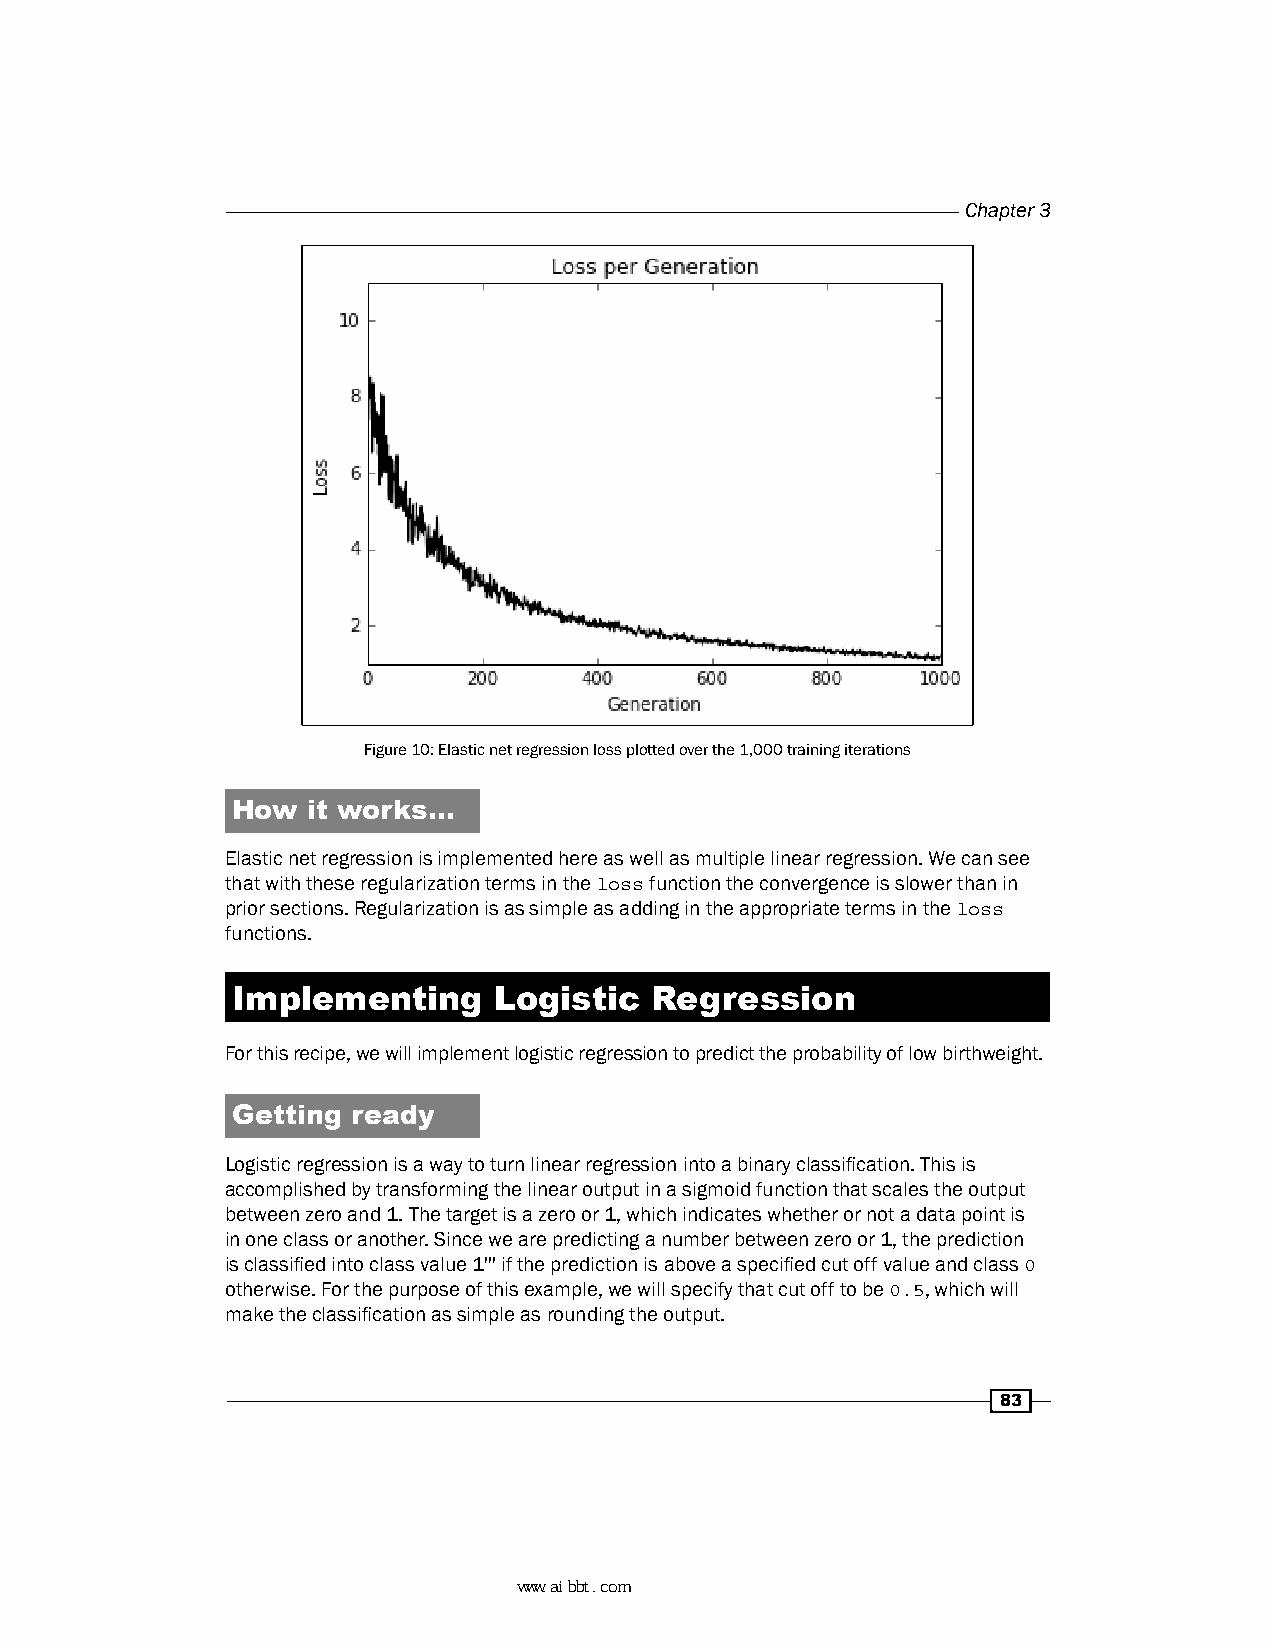
Chapter 3
 Figure 10: Elastic net regression loss plotted over the 1,000 training iterations
 How  it works…
 Elastic net regression is implemented here as well as multiple linear regression. We can see
 that with these regularization terms in the loss function the convergence is slower than in
 prior sections. Regularization is as simple as adding in the appropriate terms in the loss
 functions.
 Implementing      Logistic  Regression
 For this recipe, we will implement logistic regression to predict the probability of low birthweight.
 Getting ready
 Logistic regression is a way to turn linear regression into a binary classification. This is
 accomplished by transforming the linear output in a sigmoid function that scales the output
 between zero and 1. The target is a zero or 1, which indicates whether or not a data point is
 in one class or another. Since we are predicting a number between zero or 1, the prediction
 is classified into class value 1''' if the prediction is above a specified cut off value and class 0
 otherwise. For the purpose of this example, we will specify that cut off to be 0.5, which will
 make the classification as simple as rounding the output.
 83
 www.aibbt.com 让未来触手可及